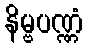
နိမ္ဗပဏ္ဏံ